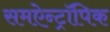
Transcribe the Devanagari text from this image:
समऐन्ट्रॉपिक